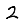
Digit: 2